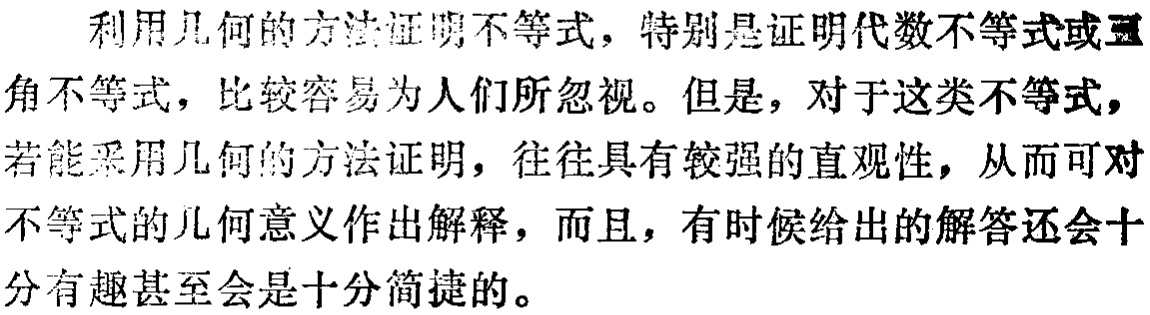
利用几何的方法证明不等式，特别是证明代数不等式或三角不等式，比较容易为人们所忽视。但是，对于这类不等式，若能采用几何的方法证明，往往具有较强的直观性，从而可对不等式的几何意义作出解释，而且，有时候给出的解答还会十分有趣甚至会是十分简捷的。